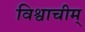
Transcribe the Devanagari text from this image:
विश्वाचीम्